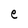
Character: e